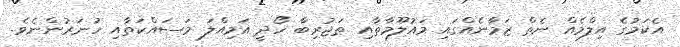
އެކަމުގެ އިލްމެއް ނެތް ޒަމާނެއްގައި މައުލޫމާތާއި ތަޖުރިބާ ހޯދީ އަމިއްލަ މަސައްކަތާއި ހުނަރުންނެވެ.